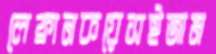
লেফ্রানকয়েসইজাম